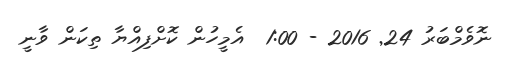
ނޮވެމްބަރު 24